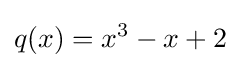
q(x)=x^{3}-x+2